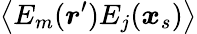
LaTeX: \left\langle{E_{m}(\boldsymbol{r}^{\prime})E_{j}(\boldsymbol{x}_{s})}\right\rangle